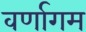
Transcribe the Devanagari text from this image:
वर्णागम